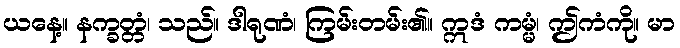
ယနေ့။ နက္ခတ္တံ၊ သည်။ ဒါရုဏံ၊ ကြမ်းတမ်း၏။ ဣဒံ ကမ္မံ၊ ဤကံကို။ မာ